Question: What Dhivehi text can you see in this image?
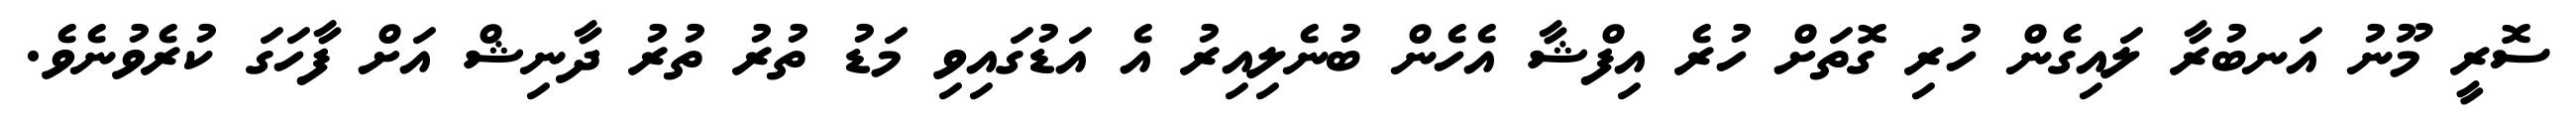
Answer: ސޮރީ މޫނު އަނބުރާ ލައިގެން ހުރި ގޮތަށް ހުރެ އިފްޝާ އެހެން ބުނެލިއިރު އެ އަޑުގައިވި މަޑު ތުރު ތުރު ދާނިޝް އަށް ފާހަގަ ކުރެވުނެވެ.